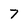
Character: 7